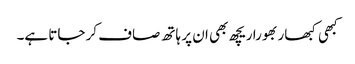
کبھی کبھار بھورا ریچھ بھی ان پر ہاتھ صاف کر جاتا ہے۔